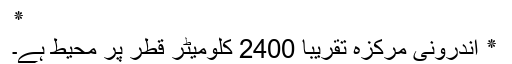
٭
٭ اندرونی مرکزہ تقریباً 2400 کلومیٹر قطر پر محیط ہے۔